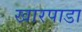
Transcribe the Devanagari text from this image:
खारपाडा